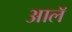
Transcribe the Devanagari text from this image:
आलॅ